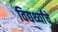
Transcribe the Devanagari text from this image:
विद्यर्थ्यांचे